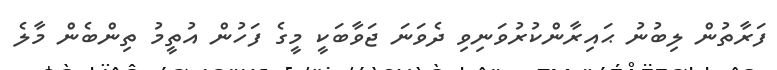
ފަރާތުން ލިބުނު ޙައިރާންކުރުވަނިވި ދެވަނަ ޖަވާބަކީ މީގެ ފަހުން އުތީމު ތިންބެން މާލެ